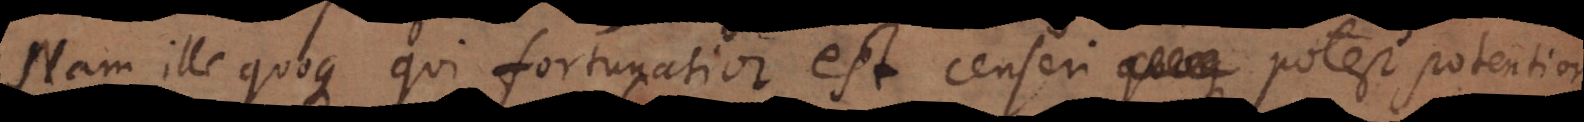
Nam ille quoque qui fortunatior est censeri potest potentior.